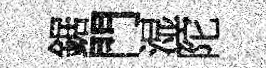
鋸門湿陀